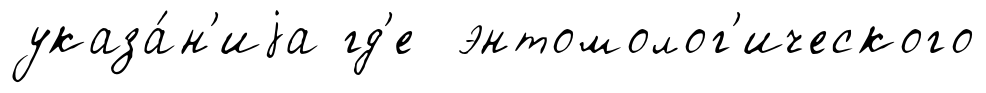
указа́н'иjа гд'е энтомолог'ического